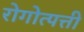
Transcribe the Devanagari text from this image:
रोगोत्पत्ती